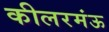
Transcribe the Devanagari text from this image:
कीलरमंऊ